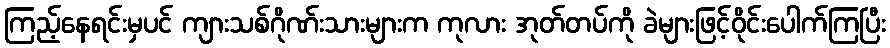
ကြည့်နေရင်းမှပင် ကျားသစ်ဂိုဏ်းသားများက ကုလား အုတ်တပ်ကို ခဲများဖြင့်ဝိုင်းပေါက်ကြပြီး